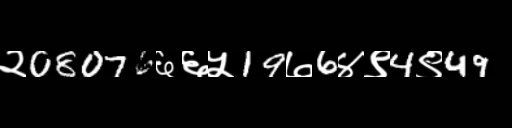
Text: २08076६६५19७6४९4९49